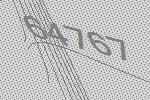
64767